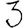
Digit: 3